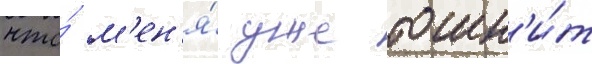
что́ м'ен'я́ уже тошн'и́т